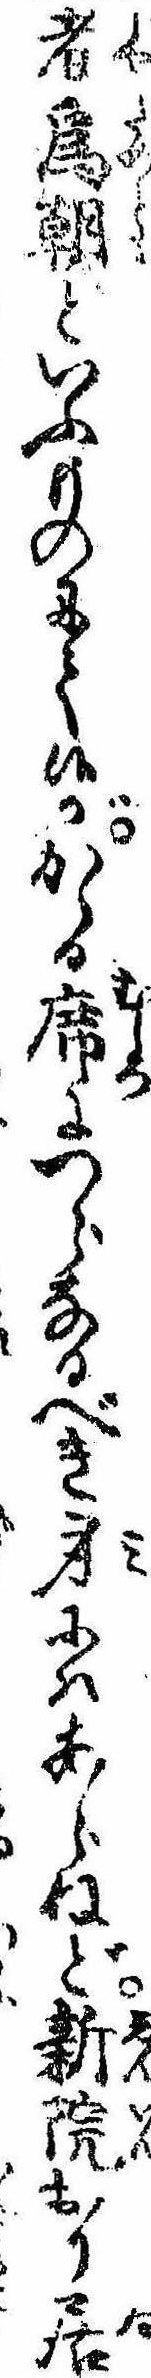
者為朝といふものにて候がかゝる席につらなるべき身にはあらねど新院おり居